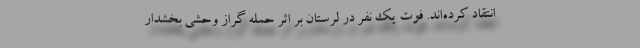
انتقاد کرده‌اند. فوت یک نفر در لرستان بر اثر حمله گراز وحشی بخشدار